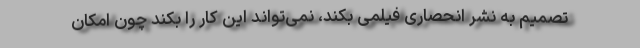
تصمیم به نشر انحصاری فیلمی بکند، نمی‌تواند این کار را بکند چون امکان